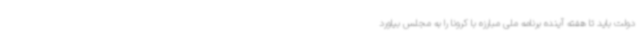
دولت باید تا هفته آینده برنامه ملی مبارزه با کرونا را به مجلس بیاورد